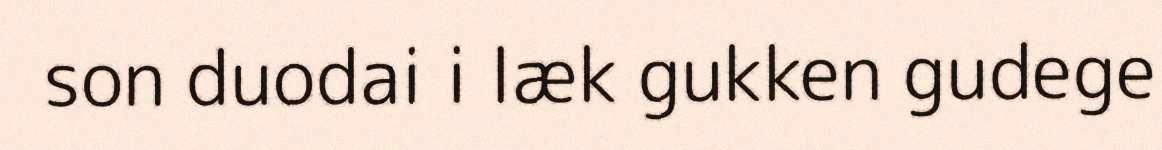
son duodai i læk gukken gudege